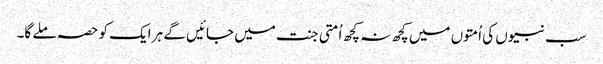
سب نبیوں کی اُمتوں میں کچھ نہ کچھ اُمتی جنت میں جائیں گے ہر ایک کو حصہ ملے گا۔